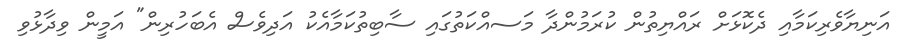
އަނިޔާވެރިކަމާއި ދެކޮޅަށް ރައްޔިތުން ކުރަމުންދާ މަަސއްކަތުގައި ސާބިތުކަމާއެކު އަދިވެސް އެބަހުރިން" އަމީން ވިދާޅުވި